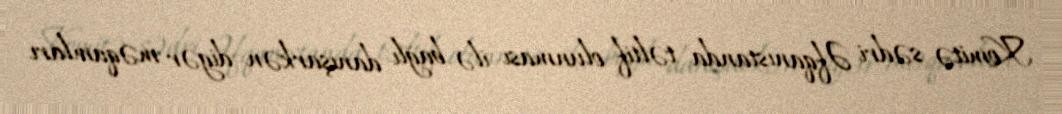
Komitə sədri Əfqanıstanda təltif olunması ilə bağlı danışarkən digər məqamları